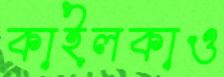
কাইলকাও